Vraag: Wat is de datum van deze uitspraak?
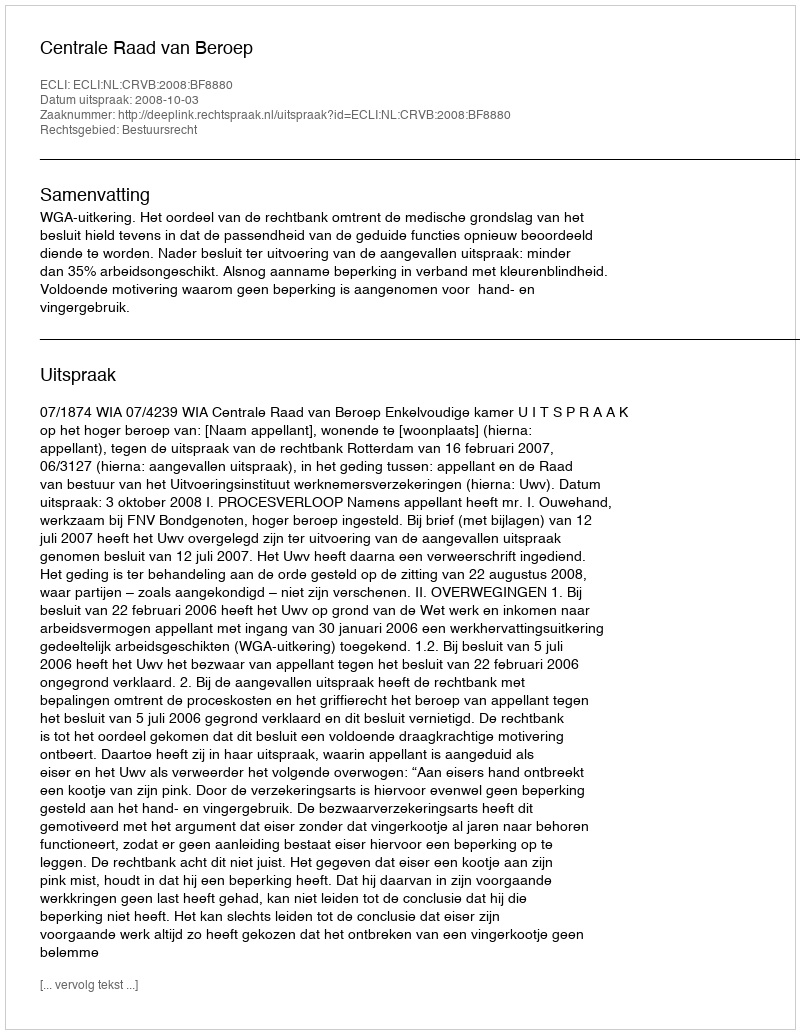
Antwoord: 2008-10-03